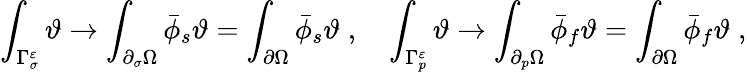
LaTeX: \int_{\Gamma_{\sigma}^{\varepsilon}}\vartheta\rightarrow\int_{\partial_{\sigma}\Omega}\bar{\phi}_{s}\vartheta=\int_{\partial\Omega}\bar{\phi}_{s}\vartheta\; ,\quad\int_{\Gamma_{p}^{\varepsilon}}\vartheta\rightarrow\int_{\partial_{p}\Omega}\bar{\phi}_{f}\vartheta=\int_{\partial\Omega}\bar{\phi}_{f}\vartheta\; ,